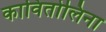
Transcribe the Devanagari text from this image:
कावितोलिना